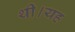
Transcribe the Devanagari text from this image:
थी।यह